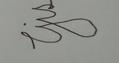
Signature authenticity: forged